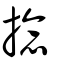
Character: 捻